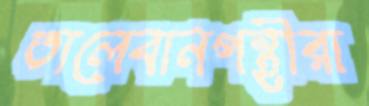
তালেবানপন্থীরা